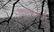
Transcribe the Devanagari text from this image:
कुलस्त्री